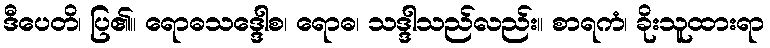
ဒီပေတိ၊ ပြ၏။ ရောဓသဒ္ဒေါစ၊ ရောဓ၊ သဒ္ဒါသည်လည်း။ စာရကံ၊ ခိုးသူထားရာ